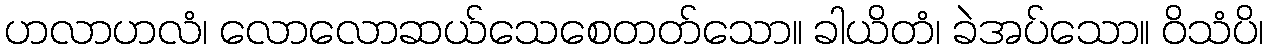
ဟလာဟလံ၊ လောလောဆယ်သေစေတတ်သော။ ခါယိတံ၊ ခဲအပ်သော။ ဝိသံပိ၊